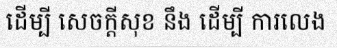
ដើម្បី សេចក្តីសុខ នឹង ដើម្បី ការលេង